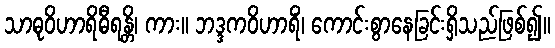
သာဓုဝိဟာရိဓီရန္တိ၊ ကား။ ဘဒ္ဒကဝိဟာရိံ၊ ကောင်းစွာနေခြင်းရှိသည်ဖြစ်၍။